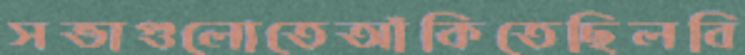
সভাগুলোতেআঁকিতেছিলবি